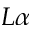
L \alpha